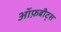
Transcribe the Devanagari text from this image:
ऑफ़बीट्स